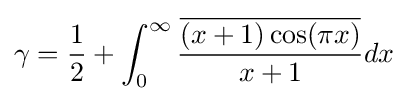
\gamma ={\frac {1}{2}}+\int _{0}^{\infty }{\frac {\overline {(x+1)\cos(\pi x)}}{x+1}}dx